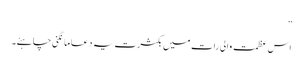
”
اس عظمت والی رات میں بکثرت یہ دعا مانگنی چاہئے۔